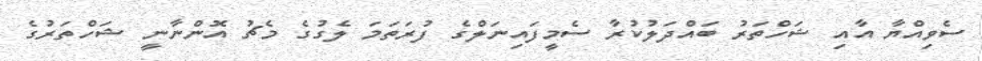
ސެވިއްޔާ އާއި ޝަހްތަރު ބައްދަލުކުރާ ސެމީފައިނަލްގެ ފުރަތަމަ ލެގުގެ މެޗު އޮންނާނީ ޝަހްތަރުގެ